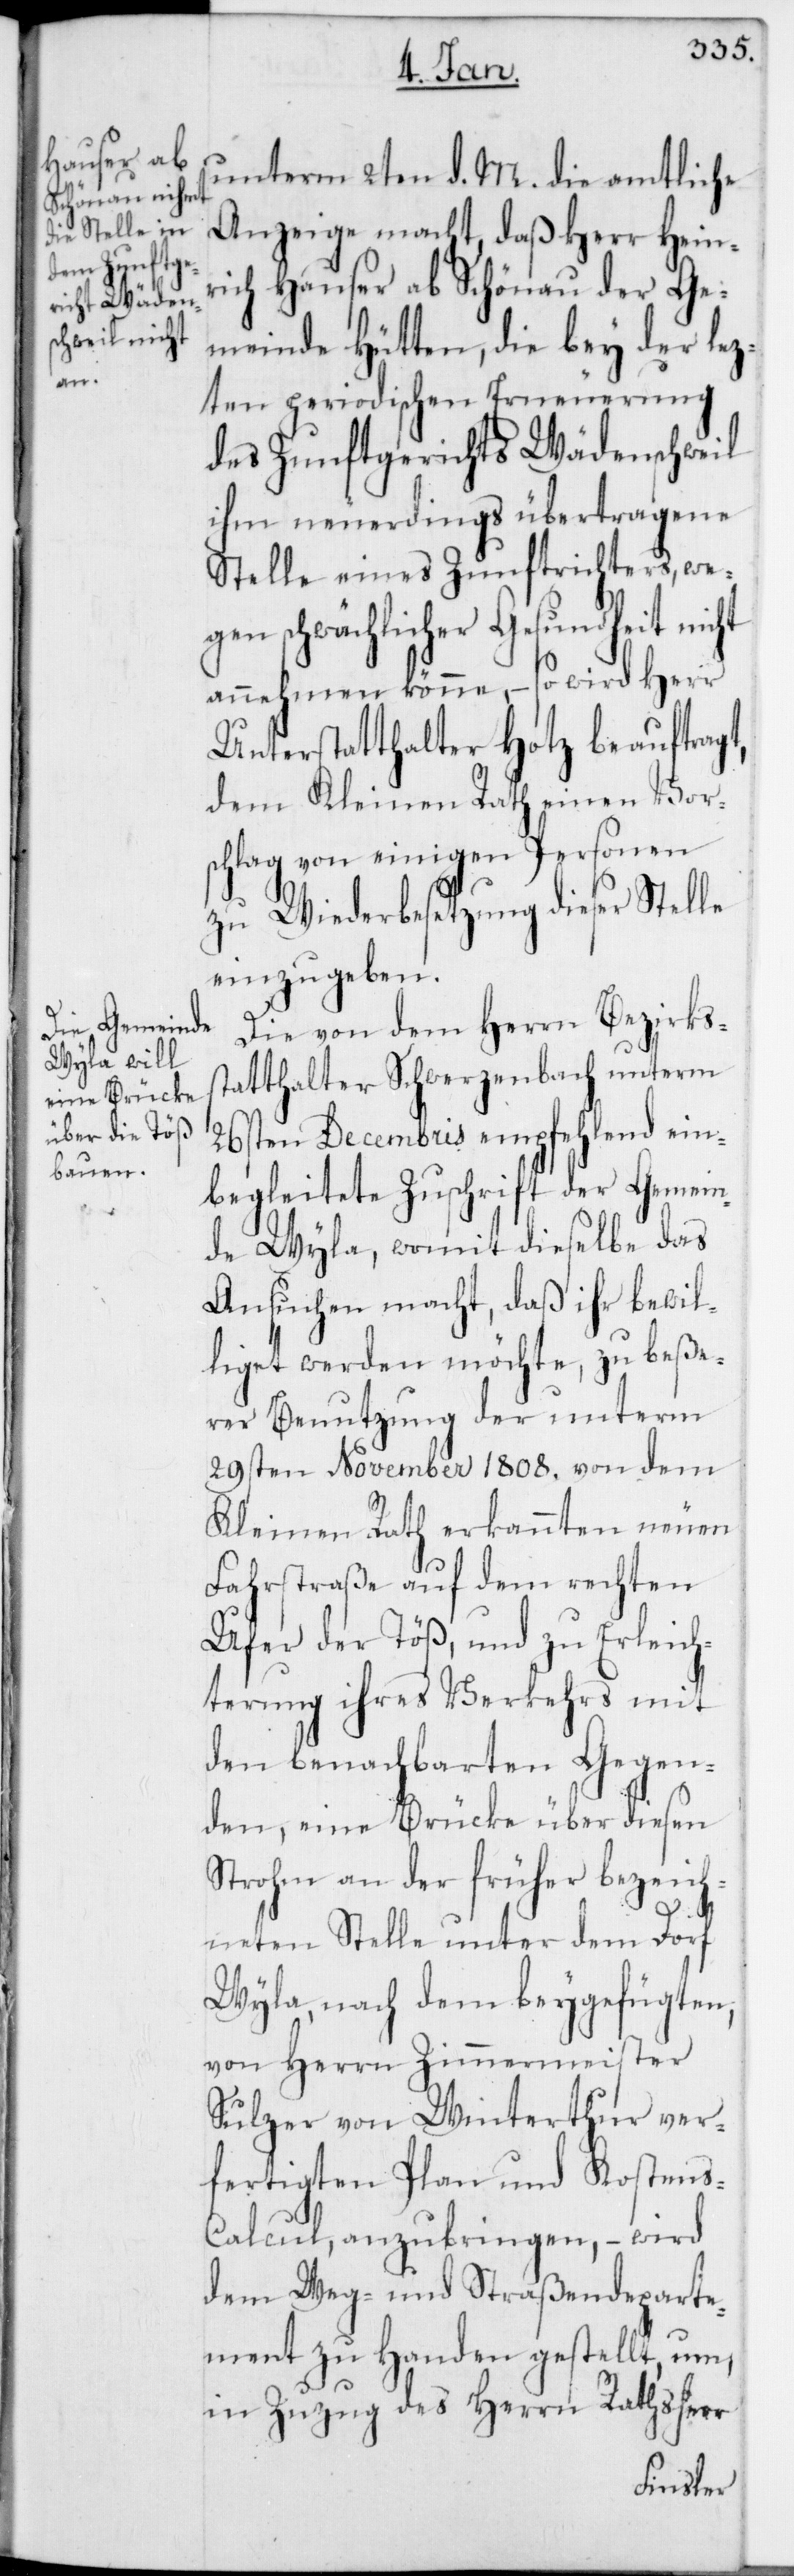
unterm 2ten d. M. die amtliche
Anzeige macht, daß Herr Heinr¬
ich Hauser ab Schönau der Ge¬
meinde Hütten, die bey der lez¬
ten periodischen Erneuerung
des Zunftgerichts Wädenschweil
ihm neuerdings übertragene
Stelle eines Zunftrichters, we¬
gen schwächlicher Gesundheit nicht
annehmen könne, – so wird Herr
Unterstatthalter Hotz beauftragt,
dem Kleinen Rath einen Vor¬
schlag von einigen Personen
zu Wiederbesetzung dieser Stelle
einzugeben.
Die von dem Herrn Bezirkss¬
tatthalter Schwerzenbach unterm
26sten Decembris empfehlend ein¬
begleitete Zuschrift der Gemein¬
de Wyla, womit dieselbe das
Ansuchen macht, daß ihr bewil¬
liget werden möchte, zu beße¬
rer Benutzung der unterm
29sten November 1808. von dem
Kleinen Rath erkannten neuen
Fahrstraße auf dem rechten
Ufer der Töß, und zu Erleich¬
terung ihres Verkehrs mit
den benachbarten Gegen¬
den, eine Brücke über diesen
Strohm an der früher bezeich¬
neten Stelle unter dem Dorf
Wyla, nach dem beygefügten,
von Herrn Zimmermeister
Sulzer von Winterthur ver¬
fertigten Plan und Kosten¬
s-Calcul, anzubringen, – wird
dem Weg- und Straßendeparte¬
ment zu Handen gestellt, um,
in Zuzug des Herrn Rathsherr